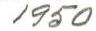
1950